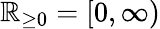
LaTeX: \mathbb{R}_{\geq 0}=[0,\infty)